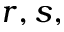
r , s ,